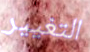
التغيير